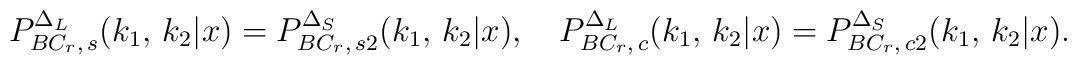
P_{BC_r,\,s}^{\Delta_L}(k_1,\,k_2|x)=P_{BC_r,\,s2}^{\Delta_S}(k_1,\,k_2|x),   \quad   P_{BC_r,\,c}^{\Delta_L}(k_1,\,k_2|x)=P_{BC_r,\,c2}^{\Delta_S}(k_1,\,k_2|x).